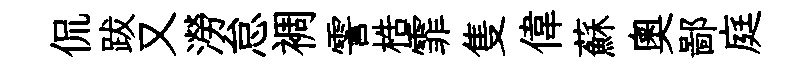
侃跋又澇怠裯霅梏霏隻偉蘇奥鄙庭